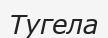
Тугела